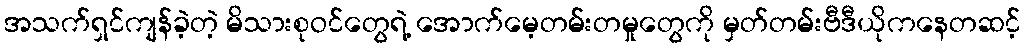
အသက်ရှင်ကျန်ခဲ့တဲ့ မိသားစုဝင်တွေရဲ့ အောက်မေ့တမ်းတမှုတွေကို မှတ်တမ်းဗီဒီယိုကနေတဆင့်